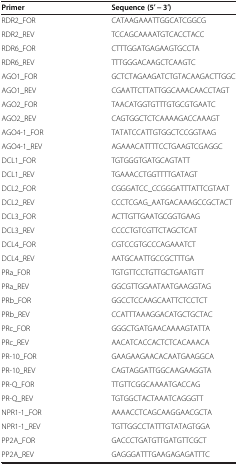
| Primer | Sequence (5′ − 3′) |
 | --- | --- |
 | RDR2_FOR | CATAAGAAATTGGCATCGGCG |
 | RDR2_REV | TCCAGCAAAATGTCACCTACC |
 | RDR6_FOR | CTTTGGATGAGAAGTGCCTA |
 | RDR6_REV | TTTGGGACAAGCTCAAGTC |
 | AGO1_FOR | GCTCTAGAAGATCTGTACAAGACTTGGC |
 | AGO1_REV | CGAATTCTTATTGGCAAACAACCTAGT |
 | AGO2_FOR | TAACATGGTGTTTGTGCGTGAATC |
 | AGO2_REV | CAGTGGCTCTCAAAAGACCAAAGT |
 | AGO4-1_FOR | TATATCCATTGTGGCTCCGGTAAG |
 | AGO4-1_REV | AGAAACATTTTCCTGAAGTCGAGGC |
 | DCL1_FOR | TGTGGGTGATGCAGTATT |
 | DCL1_REV | TGAAACCTGGTTTTGATAGT |
 | DCL2_FOR | CGGGATCC_CCGGGATTTATTCGTAAT |
 | DCL2_REV | CCCTCGAG_AATGACAAAGCCGCTACT |
 | DCL3_FOR | ACTTGTTGAATGCGGTGAAG |
 | DCL3_REV | CCCCTGTCGTTCTAGCTCAT |
 | DCL4_FOR | CGTCCGTGCCCAGAAATCT |
 | DCL4_REV | AATGCAATTGCCGCTTTGA |
 | PRa_FOR | TGTGTTCCTGTTGCTGAATGTT |
 | PRa_REV | GGCGTTGGAATAATGAAGGTAG |
 | PRb_FOR | GGCCTCCAAGCAATTCTCCTCT |
 | PRb_REV | CCATTTAAAGGACATGCTGCTAC |
 | PRc_FOR | GGGCTGATGAACAAAAGTATTA |
 | PRc_REV | AACATCACCACTCTCACAAACA |
 | PR-10_FOR | GAAGAAGAACACAATGAAGGCA |
 | PR-10_REV | CAGTAGGATTGGCAAGAAGGTA |
 | PR-Q_FOR | TTGTTCGGCAAAATGACCAG |
 | PR-Q_REV | TGTGGCTACTAAATCAGGGTT |
 | NPR1-1_FOR | AAAACCTCAGCAAGGAACGCTA |
 | NPR1-1_REV | TGTTGGCCTATTTGTATAGTGGA |
 | PP2A_FOR | GACCCTGATGTTGATGTTCGCT |
 | PP2A_REV | GAGGGATTTGAAGAGAGATTTC |